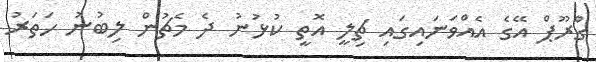
ގްރޫޕް އޭގެ އެއްވަނައިގައި ޗިލީ އޮތީ ކުޅުނު ދެ މެޗުން ލިބުނު ހަތަރު